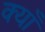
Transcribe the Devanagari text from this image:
क्याँ